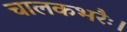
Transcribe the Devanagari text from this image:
चालकभरैः।